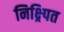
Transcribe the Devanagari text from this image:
निक्ष्र्पित